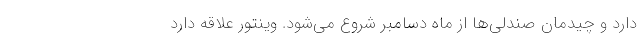
دارد و چیدمان صندلی‌ها از ماه دسامبر شروع می‌شود. وینتور علاقه دارد